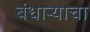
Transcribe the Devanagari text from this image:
बंधार्‍याचा